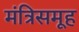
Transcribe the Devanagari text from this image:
मंत्रिसमूह